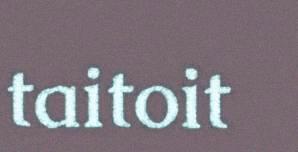
taitoit